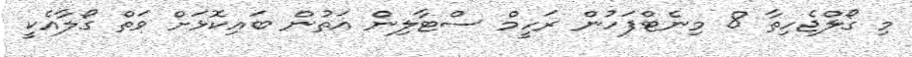
މި ގޯލްޖެހިތާ 8 މިނެޓްފަހުން ރަހީމް ސްޓާލިން އަތުން ބައިކޮޅަށް ވަތް ގޯލާއެކީ